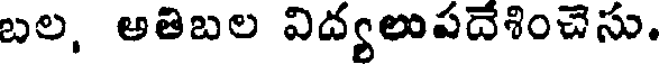
బల, అతిబల విద్యలుపదేశించెసు.